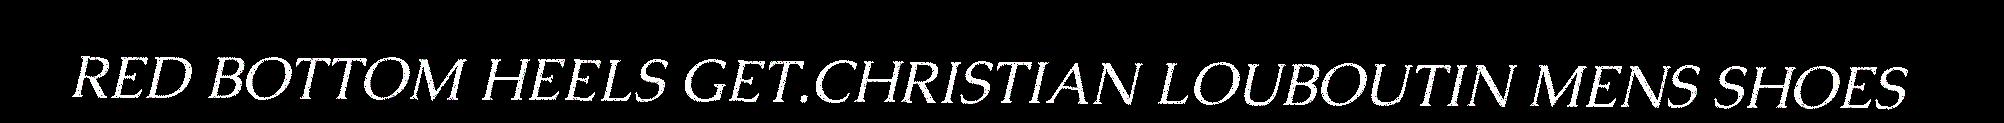
RED BOTTOM HEELS GET.CHRISTIAN LOUBOUTIN MENS SHOES